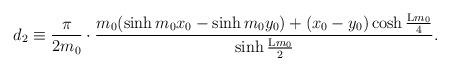
LaTeX: \begin{align*}d_2 \equiv \frac{\pi}{2m_0} \cdot \frac{m_0(\sinh{m_0x_0} -\sinh{m_0y_0}) + (x_0 - y_0) \cosh{\frac{{\rm L}m_0}{4}}}{\sinh{\frac{{\rm L}m_0}{2}}} .\end{align*}